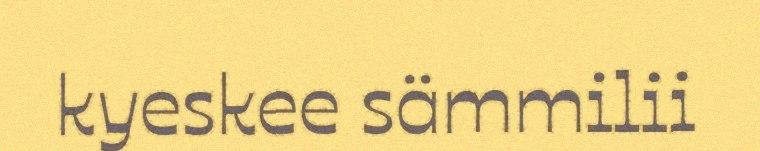
kyeskee sämmilii